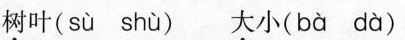
树叶( sù shù ) 大小( bà dà )